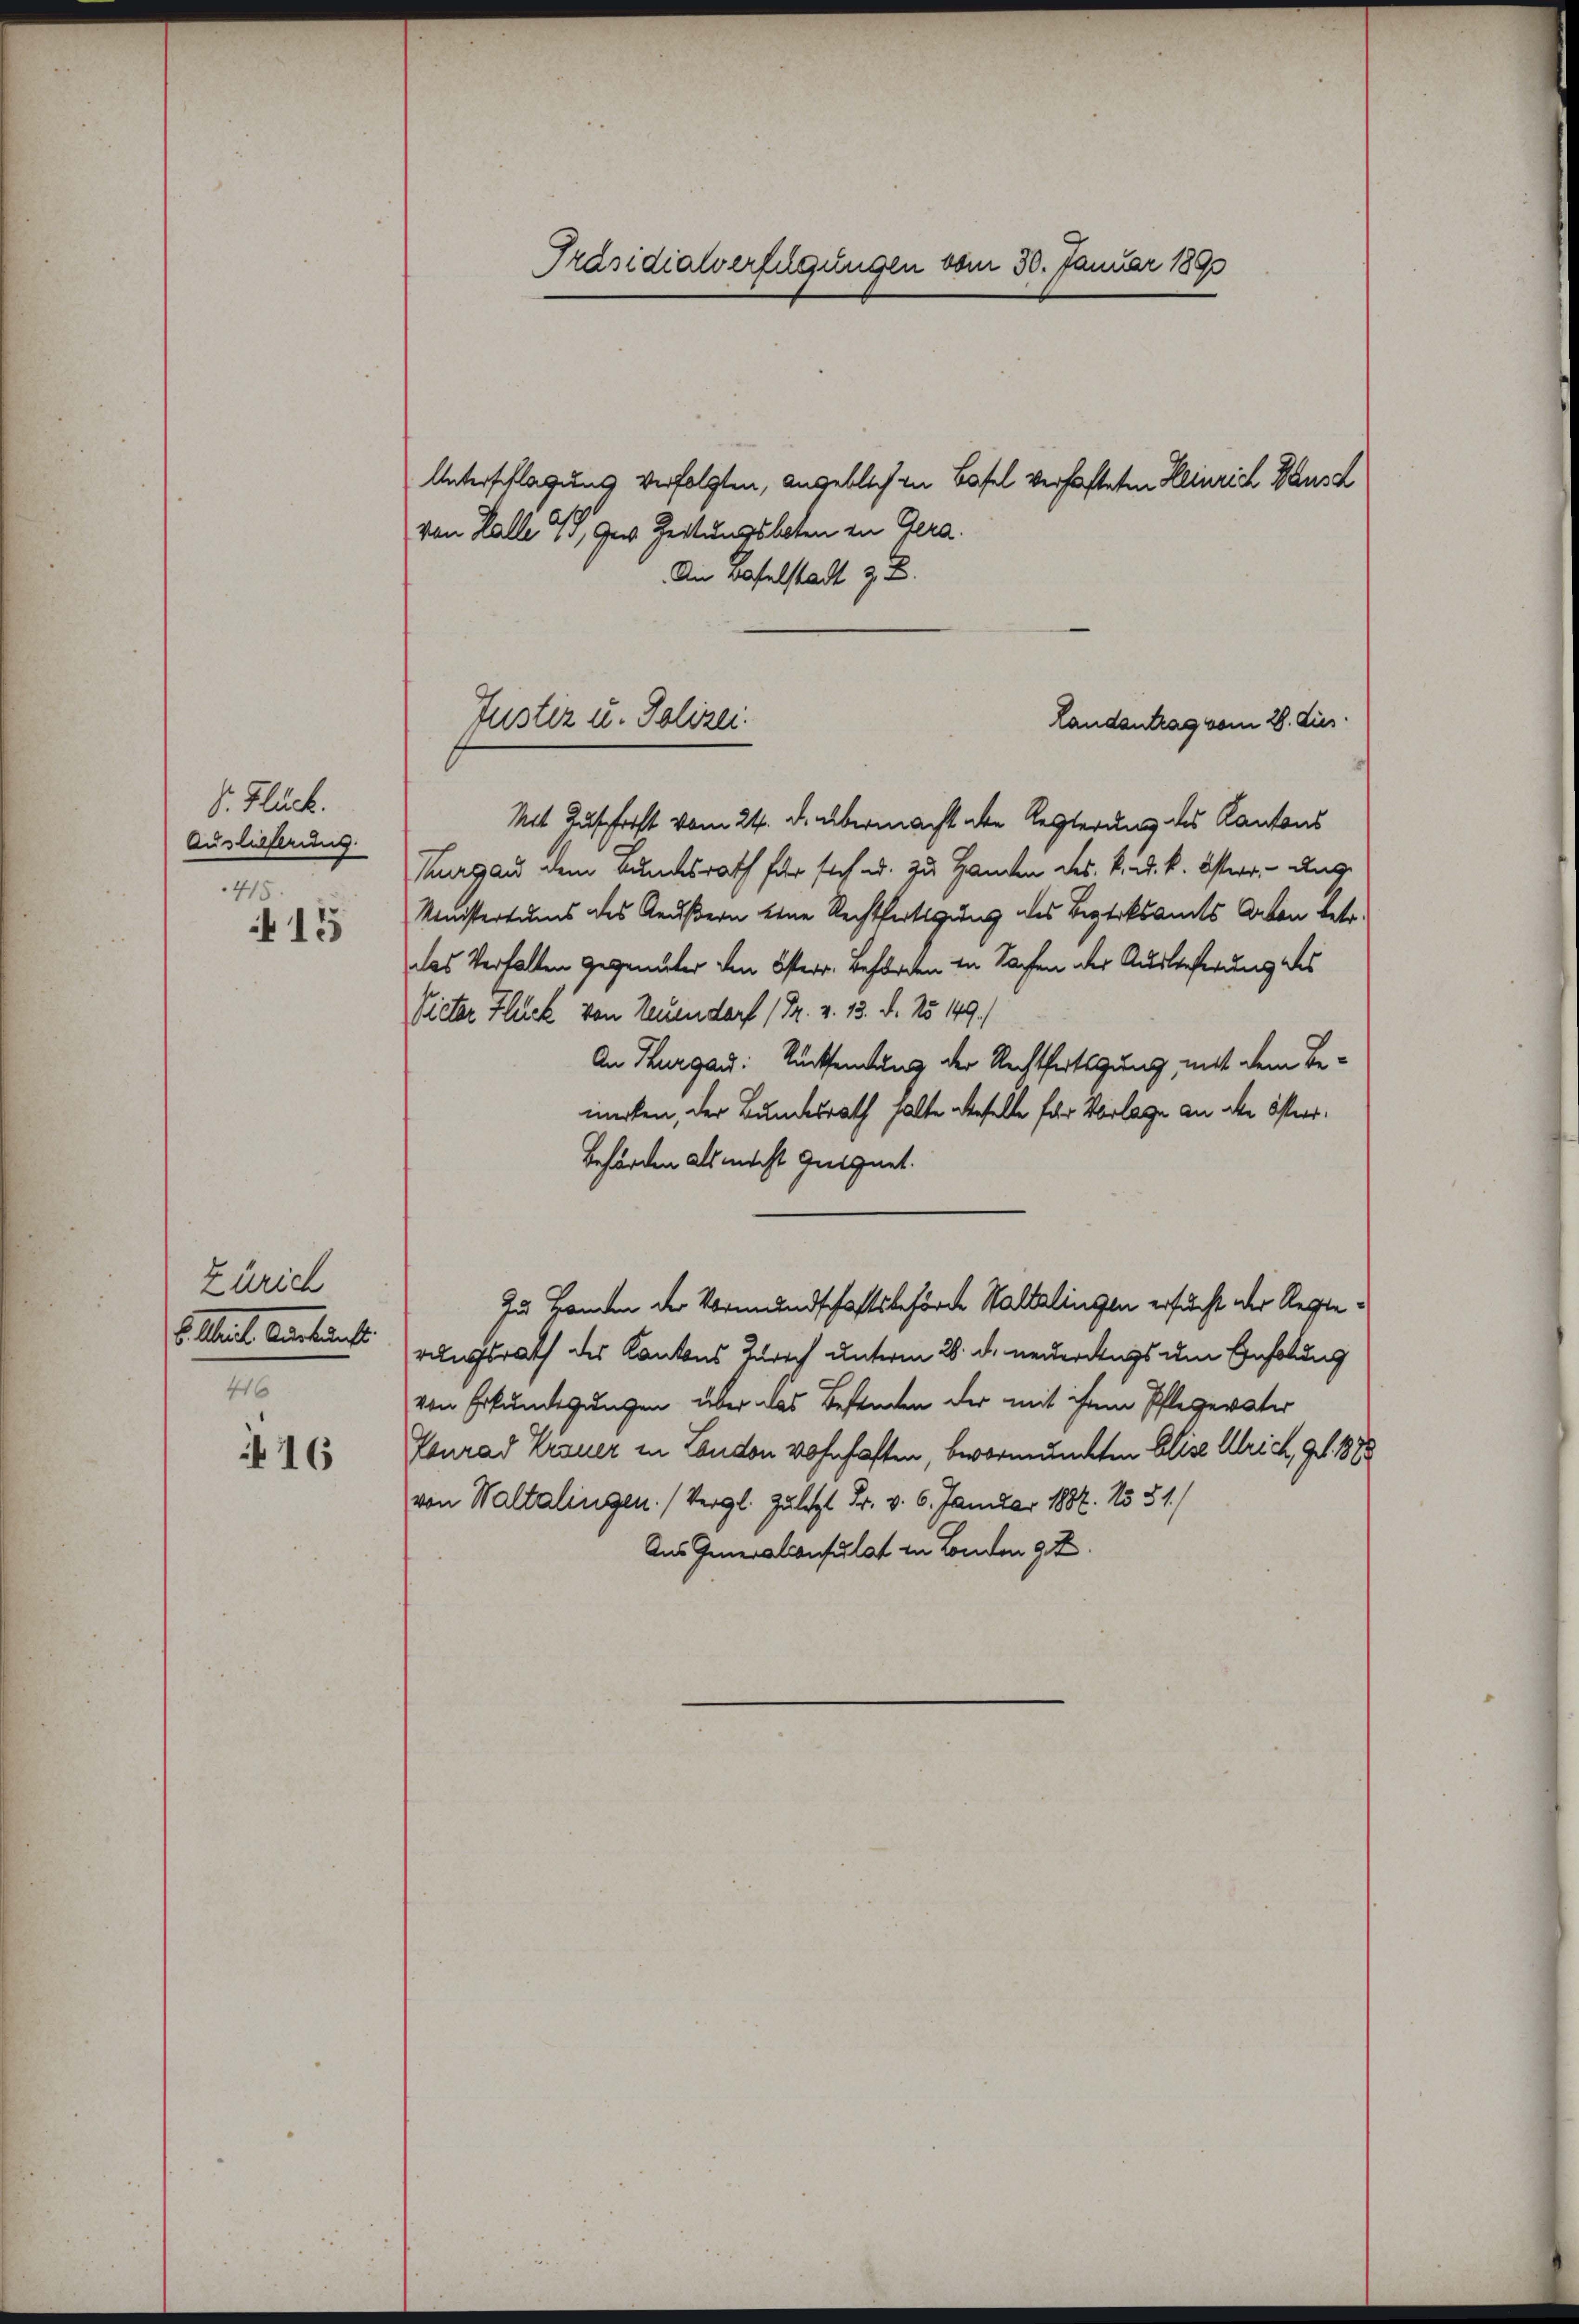
V. Flück.
Auslieferung.
415

415

Zürich
b. Mit Auskunft
416

16

Präsidialverfügungen vom 30. Januar 1890
Unterschlagung verfolgten, angeblich in Basel verhafteten Heinrich ausd
von Halle 4, der Zeitungsboten in Gera.

Justiz u. Polizei.

An Baselstadt z. B.
Landantrag vom 28. Aus
Mit Aufforst vom 24. d. übermacht die Regierung des Kantons
Thurgau dem Bundesrath für sich u. zu Handen des k. k. k. Osterr. unge
Ministertums des Aeußern eine Rechtfertigung des Bezirksamts Arten betr.
das Verhalten gegenüber den Österr. Beförden in Sachen der Auslieferung des
Vieter Flück von Neuendorf (Dr. v. 13. d. 25. 149.)
An Thurgau: Rücksendung der Rechtfertigung, mit dem Bemirten, der Bundesrath halte dieselbe für Vorlage an die österr¬
Behörden als nicht geeignet.
Zu Handen der Vormundschaftsbehörde Waltalingen ersucht der Regierungsrath des Kantons Zürich unterm 26. d. neuerungs um Einholung
von Erkundigungen über das Besenden der mit ihrem Pflegerater
Konrad Krauer in London wohnhaften, bevormannten Elisa Ulrich, geb. 1888
von Waltalingen. (Vergl. Zuletzt Fr. v. 6. Januar 1882. No 51.)
Aus Generalconsulat in Landen 92.